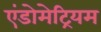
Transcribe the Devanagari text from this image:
एंडोमेट्रियम